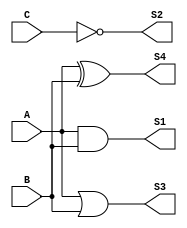
//Computertas NOT, AND , OR , XOR

module compuertas(A,B,C,S1,S2,S3,S4); // Solo nombrar los archivos con caracteres alfanumericos 

input A;
input B;
input C;

output S1;
output S2;
output S3;
output S4;

assign S1 = A&B; // se asigna a S1 logica de AND 
assign S2 = ~C; // se asigna a S2 logica de not 

assign S3 = A||B; // se asigna a S3 logica OR
assign S4 = A^B; // se asigna a S4 logica de XOR

// S1 = AND(S1,A,B); asi tambien se puede hacer el AND

endmodule